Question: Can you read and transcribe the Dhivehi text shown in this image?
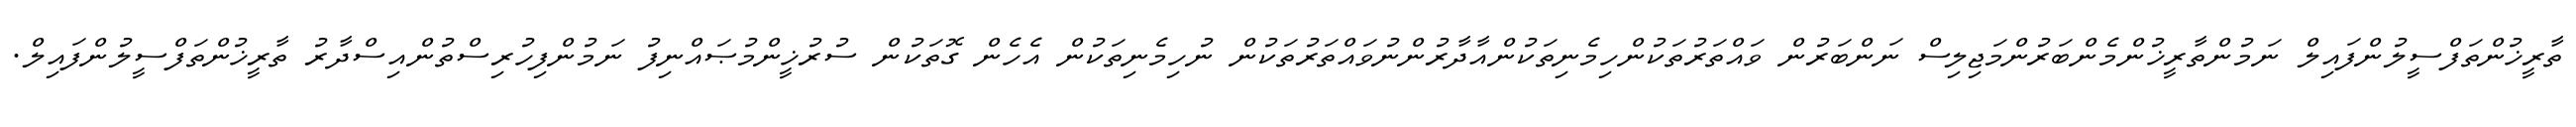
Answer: ތާރީޚުންތަފްސީލުންފައިލް ނަމުންތާރީޚުންމެންބަރުންމަޖިލިސް ނަންބަރުން ވައްތަރުތަކުންހިމެނިތަކުންއާދާރުންނުވައްތަރުތަކުން ނުހިމެނިތަކުން އެހެން ގޮތަކުން ސުރުޚީންމުޞައްނިފު ނަމުންފިހުރިސްތުންއިސްދާރު ތާރީޚުންތަފްސީލުންފައިލް.